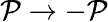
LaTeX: \mathcal{P}\to-\mathcal{P}